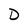
Character: D